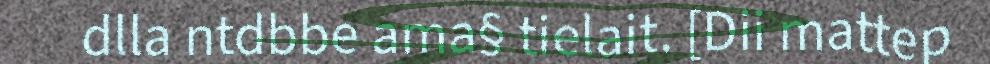
dlla ntdbbe ama§ tielait. [Dii mattep